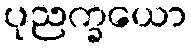
ပုညက္ခယော